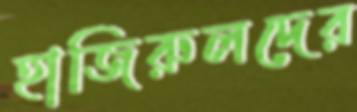
হাজিরুলদের